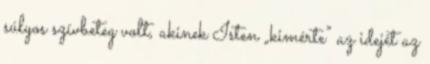
súlyos szívbe­teg volt, akinek Isten „kimérte” az idejét az